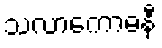
သလာကောဓနီ